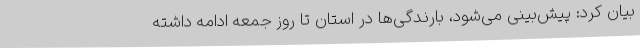
بیان کرد: پیش‌بینی می‌شود، بارندگی‌ها در استان تا روز جمعه ادامه داشته